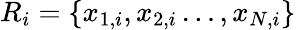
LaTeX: R_{i}=\{ x_{1,i},x_{2,i}\ldots,x_{N,i}\}